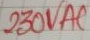
Text: 230VAC